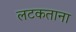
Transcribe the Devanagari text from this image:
लटकताना